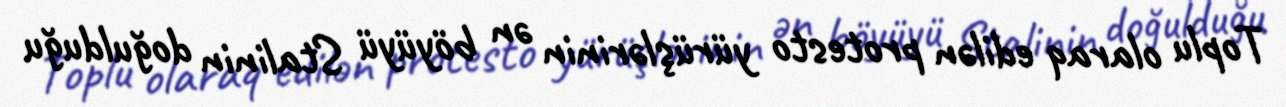
Toplu olaraq edilən protesto yürüşlərinin ən böyüyü Stalinin doğulduğu